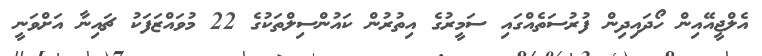
އެލްޖީއޭއިން ހޯދައިދިން ފުރުސަތެއްގައި ސަމީރުގެ އިތުރުން ކައުންސިލްތަކުގެ 22 މުވައްޒަފަކު ޗައިނާ އަށްވަނީ